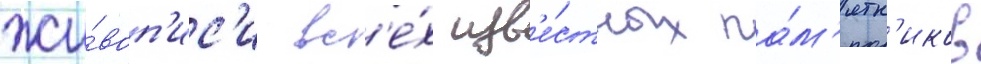
жи́воп'ис'и вс'е́х изв'е́стных па́м'ятн'иков